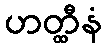
ဟတ္ထီနံ